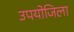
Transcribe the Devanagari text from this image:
उपयोजिला